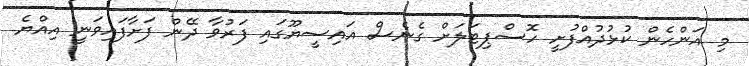
މި އަންހެން ކުޅުދުއްފުށީ ހޮސްޕިޓަލަށް ގެނެސް އައިސީޔޫގައި ފަރުވާ ދޭން ފަށާފައިވަނީ އިއްޔެ